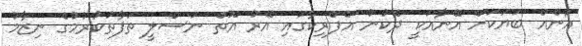
އަނެއް ބަޔަކަށް އޭނާއަކީ ދެކުނު އެފްރިކާގައި އޭރު އޮތް ނަސްލީ ތަފާތުކުރުމުގެ ނިޒާމު